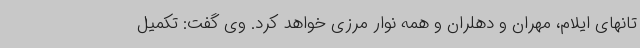
تانهای ایلام، مهران و دهلران و همه نوار مرزی خواهد کرد. وی گفت: تکمیل